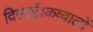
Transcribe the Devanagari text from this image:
दिलाई।कव्वालों